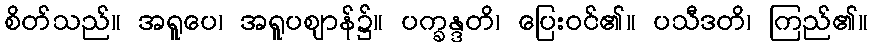
စိတ်သည်။ အရူပေ၊ အရူပဈာန်၌။ ပက္ခန္ဒတိ၊ ပြေးဝင်၏။ ပသီဒတိ၊ ကြည်၏။